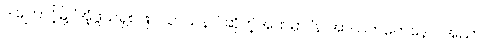
ဒါကြောင့်မို့ ‘အံ့ဖွယ်ရှစ်ဖြာ သာသနာ’ ဆိုတဲ့အထဲမှာ ‘န အာယတကေနေဝ အညာ